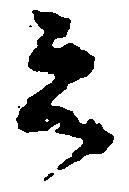
之